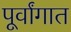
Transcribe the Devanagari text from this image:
पूर्वांगात